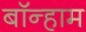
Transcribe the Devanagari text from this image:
बॉन्हाम